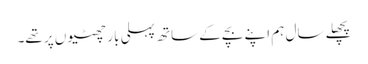
پچھلے سال ہم اپنے بچے کے ساتھ پہلی بار چھٹیوں پر تھے۔